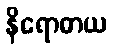
နိရောဓာယ